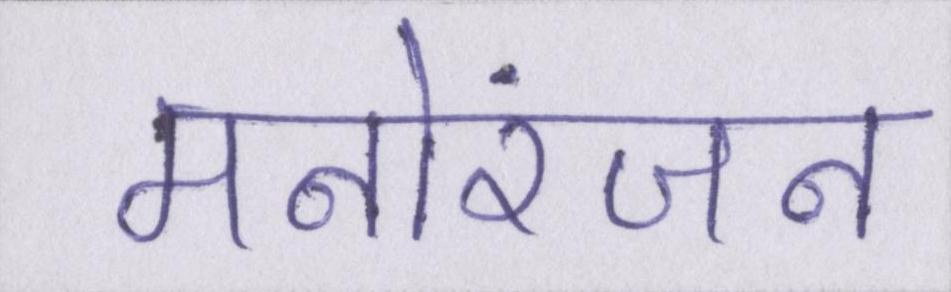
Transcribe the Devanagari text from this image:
मनोरंजन